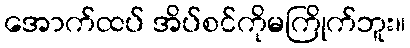
အောက်ထပ် အိပ်စင်ကိုမကြိုက်ဘူး။